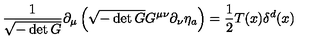
\frac { 1 } { \sqrt { - \det G } } \partial _ { \mu } \left( \sqrt { - \det G } G ^ { \mu \nu } \partial _ { \nu } \eta _ { a } \right) = \frac { 1 } { 2 } T ( x ) \delta ^ { d } ( x )